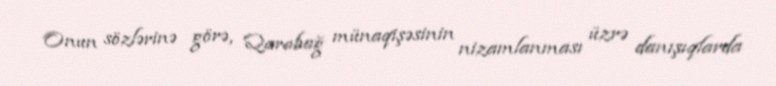
Onun sözlərinə görə, Qarabağ münaqişəsinin nizamlanması üzrə danışıqlarda